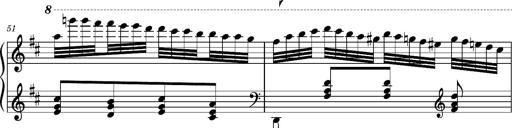
Title: Ungarischer Romanzero
Composer: Franz Liszt